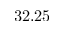
3 2 . 2 5